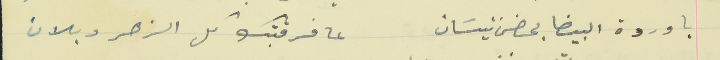
يا وردة البيضا بحضر نيسَان                                  عا فرقتك كل الزهر دبلان